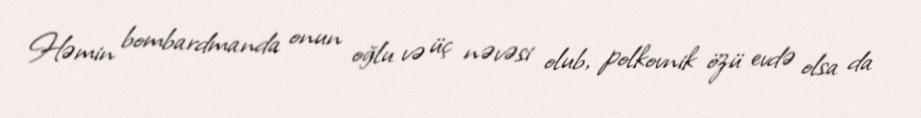
Həmin bombardmanda onun oğlu və üç nəvəsi olub, polkovnik özü evdə olsa da